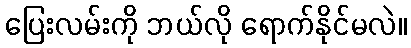
ပြေးလမ်းကို ဘယ်လို ရောက်နိုင်မလဲ။